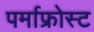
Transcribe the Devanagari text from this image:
पर्माफ्रोस्ट